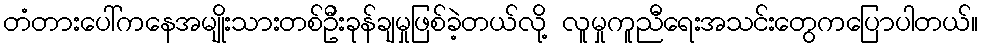
တံတားပေါ်ကနေအမျိုးသားတစ်ဦးခုန်ချမှုဖြစ်ခဲ့တယ်လို့ လူမှုကူညီရေးအသင်းတွေကပြောပါတယ်။